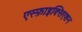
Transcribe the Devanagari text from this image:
एस्फ़ाइक्सिएशन